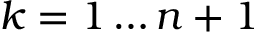
k = 1 \dots n + 1